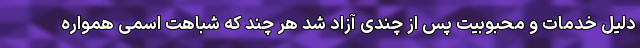
دلیل خدمات و محبوبیت پس از چندی آزاد شد هر چند که شباهت اسمی همواره